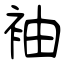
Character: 袖